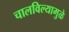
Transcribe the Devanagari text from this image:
चालविल्यामुळे